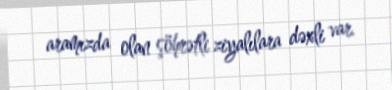
aramızda olan şöhrətli ziyalılara dəxli var.